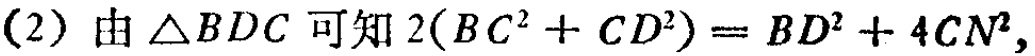
(2) 由\(\triangle BDC\)可知\(2(BC^{2}+CD^{2}) = BD^{2}+4CN^{2}\)，